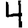
Digit: 4